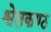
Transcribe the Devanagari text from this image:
श्वेतकण्ठ